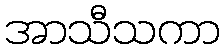
အာသီသကာ